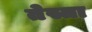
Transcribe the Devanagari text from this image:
तेस्ता